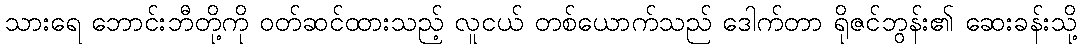
သားရေ ဘောင်းဘီတို့ကို ဝတ်ဆင်ထားသည့် လူငယ် တစ်ယောက်သည် ဒေါက်တာ ရိုဇင်ဘွန်း၏ ဆေးခန်းသို့